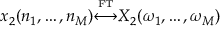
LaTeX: x _ { 2 } ( n _ { 1 } , \ldots , n _ { M } ) { \overset { \underset { \mathrm { F T } } { } } { \longleftrightarrow } } X _ { 2 } ( \omega _ { 1 } , \ldots , \omega _ { M } )